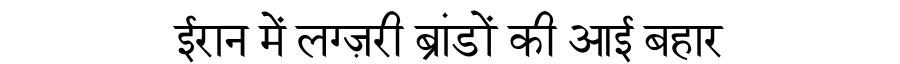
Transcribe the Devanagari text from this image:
ईरान में लग्ज़री ब्रांडों की आई बहार